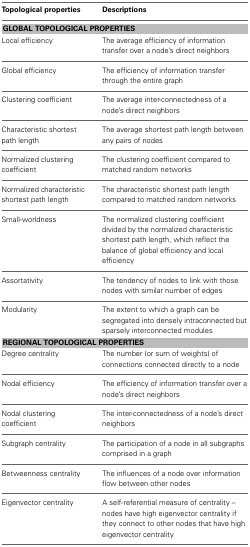
<table><thead><tr><td><b>Topological properties</b></td><td><b>Descriptions</b></td></tr></thead><tbody><tr><td colspan="2"><b>GLOBAL TOPOLOGICAL PROPERTIES</b></td></tr><tr><td>Local efficiency</td><td>The average efficiency of information transfer over a node&#x27;s direct neighbors</td></tr><tr><td>Global efficiency</td><td>The efficiency of information transfer through the entire graph</td></tr><tr><td>Clustering coefficient</td><td>The average inter-connectedness of a node&#x27;s direct neighbors</td></tr><tr><td>Characteristic shortest path length</td><td>The average shortest path length between any pairs of nodes</td></tr><tr><td>Normalized clustering coefficient</td><td>The clustering coefficient compared to matched random networks</td></tr><tr><td>Normalized characteristic shortest path length</td><td>The characteristic shortest path length compared to matched random networks</td></tr><tr><td>Small-worldness</td><td>The normalized clustering coefficient divided by the normalized characteristic shortest path length, which reflect the balance of global efficiency and local efficiency</td></tr><tr><td>Assortativity</td><td>The tendency of nodes to link with those nodes with similar number of edges</td></tr><tr><td>Modularity</td><td>The extent to which a graph can be segregated into densely intraconnected but sparsely interconnected modules</td></tr><tr><td colspan="2"><b>REGIONAL TOPOLOGICAL PROPERTIES</b></td></tr><tr><td>Degree centrality</td><td>The number (or sum of weights) of connections connected directly to a node</td></tr><tr><td>Nodal efficiency</td><td>The efficiency of information transfer over a node&#x27;s direct neighbors</td></tr><tr><td>Nodal clustering coefficient</td><td>The inter-connectedness of a node&#x27;s direct neighbors</td></tr><tr><td>Subgraph centrality</td><td>The participation of a node in all subgraphs comprised in a graph</td></tr><tr><td>Betweenness centrality</td><td>The influences of a node over information flow between other nodes</td></tr><tr><td>Eigenvector centrality</td><td>A self-referential measure of centrality – nodes have high eigenvector centrality if they connect to other nodes that have high eigenvector centrality</td></tr></tbody></table>